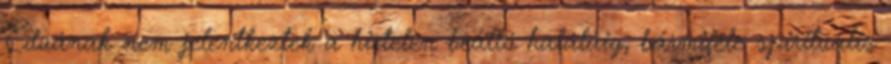
Eduának nem jelentkeztek a hirtelen beálló haláláig, bármiféle spirituális